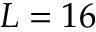
L = 1 6